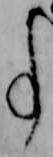
事